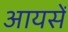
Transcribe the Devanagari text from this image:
आयसें